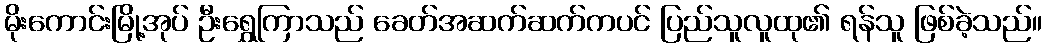
မိုးကောင်းမြို့အုပ် ဦးရွှေကြာသည် ခေတ်အဆက်ဆက်ကပင် ပြည်သူလူထု၏ ရန်သူ ဖြစ်ခဲ့သည်။